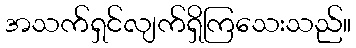
အသက်ရှင်လျက်ရှိကြသေးသည်။